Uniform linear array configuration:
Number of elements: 24
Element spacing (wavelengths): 0.75
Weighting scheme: cosine
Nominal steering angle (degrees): -60
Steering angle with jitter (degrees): -59.509
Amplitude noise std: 0.05
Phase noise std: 0.05

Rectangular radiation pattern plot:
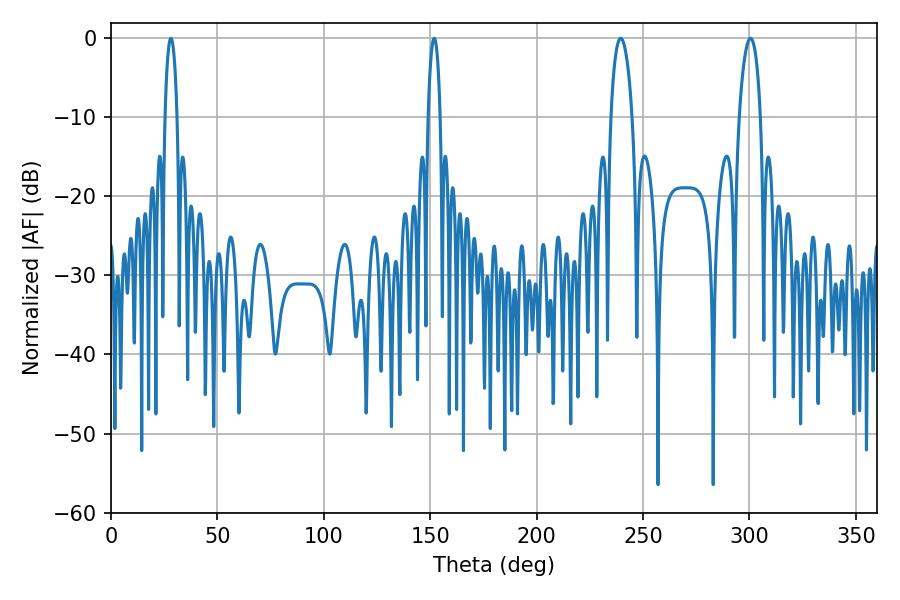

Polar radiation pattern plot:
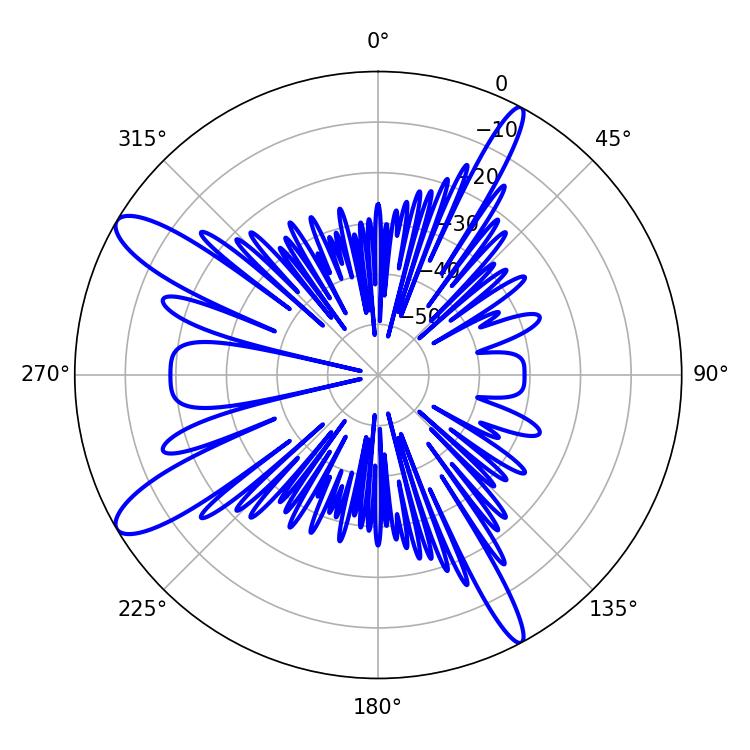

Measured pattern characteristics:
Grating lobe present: TRUE
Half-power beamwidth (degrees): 5.58
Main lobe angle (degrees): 300.42